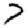
Digit: 7